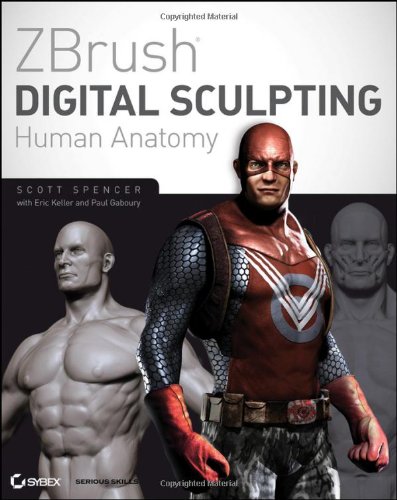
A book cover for ZBrush Digital Sculpting Human Anatomy; Scott Spencer; Computers & Technology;